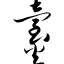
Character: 炱